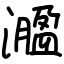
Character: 㵬